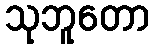
သုဘူတော